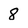
Character: 8